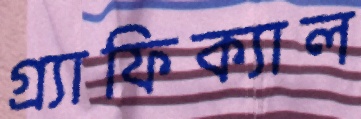
গ্র্যাফিক্যাল